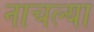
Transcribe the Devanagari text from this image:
नाचल्या